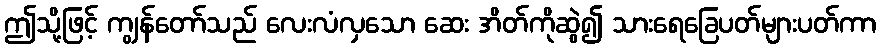
ဤသို့ဖြင့် ကျွန်တော်သည် လေးလံလှသော ဆေး အိတ်ကိုဆွဲ၍ သားရေခြေပတ်များပတ်ကာ